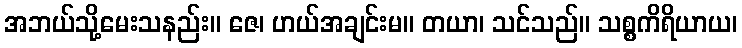
အဘယ်သို့မေးသနည်း။ ဇေ၊ ဟယ်အချင်းမ။ တယာ၊ သင်သည်။ သစ္စကိရိယာယ၊